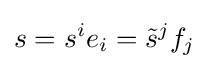
s=s^{i}e_{i}={\tilde {s}}^{j}f_{j}